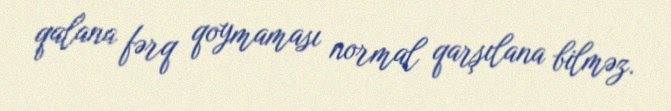
qalana fərq qoymaması normal qarşılana bilməz.